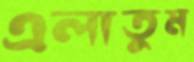
এলাতুম